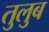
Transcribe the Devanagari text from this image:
तुलुब